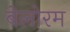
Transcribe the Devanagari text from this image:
बेलोरम